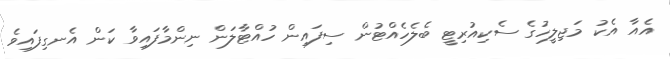
އެއާ އެކު މަޖިލީހުގެ ސެކިއުރިޓީ ބެލެހެއްޓުން ސިފައިން ހުއްޓާލަން ނިންމާފައިވާ ކަން އެނގިފައިވެ